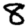
Digit: 8